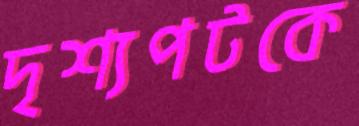
দৃশ্যপটকে